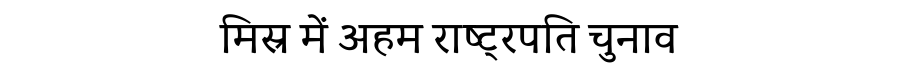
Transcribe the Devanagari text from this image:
मिस्र में अहम राष्ट्रपति चुनाव